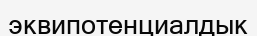
эквипотенциалдык